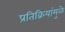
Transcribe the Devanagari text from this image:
प्रतिक्रियांमुळे